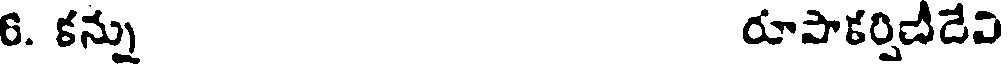
6. కన్ను రూపాకర్షిబీదేవి